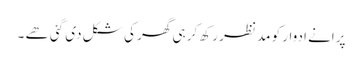
پرانے ادوار کو مدِ نظر رکھ کر ہی گھر کی شکل دی گئی ھے ۔